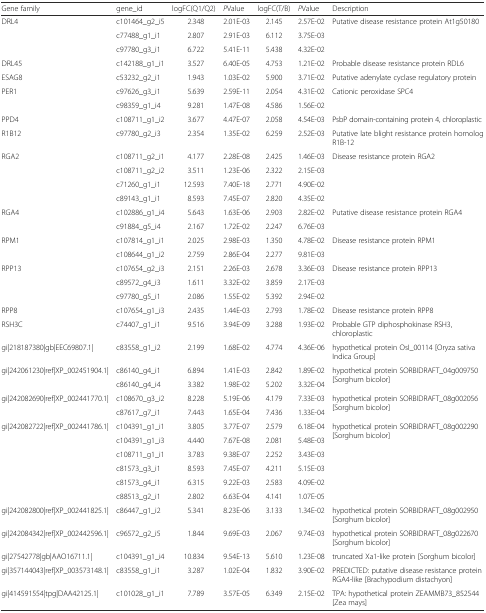
<table><thead><tr><td><b>Gene family</b></td><td><b>gene_id</b></td><td><b>logFC(Q1/Q2)</b></td><td><b><i>P</i>Value</b></td><td><b>logFC(T/B)</b></td><td><b><i>P</i>Value</b></td><td><b>Description</b></td></tr></thead><tbody><tr><td rowspan="3">DRL4</td><td>c101464_g2_i5</td><td>2.348</td><td>2.01E-03</td><td>2.145</td><td>2.57E-02</td><td rowspan="3">Putative disease resistance protein At1g50180</td></tr><tr><td>c77488_g1_i1</td><td>2.807</td><td>2.91E-03</td><td>6.112</td><td>3.75E-03</td></tr><tr><td>c97780_g3_i1</td><td>6.722</td><td>5.41E-11</td><td>5.438</td><td>4.32E-02</td></tr><tr><td>DRL45</td><td>c142188_g1_i1</td><td>3.527</td><td>6.40E-05</td><td>4.753</td><td>1.21E-02</td><td>Probable disease resistance protein RDL6</td></tr><tr><td>ESAG8</td><td>c53232_g2_i1</td><td>1.943</td><td>1.03E-02</td><td>5.900</td><td>3.71E-02</td><td>Putative adenylate cyclase regulatory protein</td></tr><tr><td rowspan="2">PER1</td><td>c97626_g3_i1</td><td>5.639</td><td>2.59E-11</td><td>2.054</td><td>4.31E-02</td><td rowspan="2">Cationic peroxidase SPC4</td></tr><tr><td>c98359_g1_i4</td><td>9.281</td><td>1.47E-08</td><td>4.586</td><td>1.56E-02</td></tr><tr><td>PPD4</td><td>c108711_g1_i2</td><td>3.677</td><td>4.47E-07</td><td>2.058</td><td>4.54E-03</td><td>PsbP domain-containing protein 4, chloroplastic</td></tr><tr><td>R1B12</td><td>c97780_g2_i3</td><td>2.354</td><td>1.35E-02</td><td>6.259</td><td>2.52E-03</td><td>Putative late blight resistance protein homolog R1B-12</td></tr><tr><td rowspan="4">RGA2</td><td>c108711_g2_i1</td><td>4.177</td><td>2.28E-08</td><td>2.425</td><td>1.46E-03</td><td rowspan="4">Disease resistance protein RGA2</td></tr><tr><td>c108711_g2_i2</td><td>3.511</td><td>1.23E-06</td><td>2.322</td><td>2.15E-03</td></tr><tr><td>c71260_g1_i1</td><td>12.593</td><td>7.40E-18</td><td>2.771</td><td>4.90E-02</td></tr><tr><td>c89143_g1_i1</td><td>8.593</td><td>7.45E-07</td><td>2.820</td><td>4.35E-02</td></tr><tr><td rowspan="2">RGA4</td><td>c102886_g1_i4</td><td>5.643</td><td>1.63E-06</td><td>2.903</td><td>2.82E-02</td><td rowspan="2">Putative disease resistance protein RGA4</td></tr><tr><td>c91884_g5_i4</td><td>2.167</td><td>1.72E-02</td><td>2.247</td><td>6.76E-03</td></tr><tr><td rowspan="2">RPM1</td><td>c107814_g1_i1</td><td>2.025</td><td>2.98E-03</td><td>1.350</td><td>4.78E-02</td><td rowspan="2">Disease resistance protein RPM1</td></tr><tr><td>c108644_g1_i2</td><td>2.759</td><td>2.86E-04</td><td>2.277</td><td>9.81E-03</td></tr><tr><td rowspan="3">RPP13</td><td>c107654_g2_i3</td><td>2.151</td><td>2.26E-03</td><td>2.678</td><td>3.36E-03</td><td rowspan="3">Disease resistance protein RPP13</td></tr><tr><td>c89572_g4_i3</td><td>1.611</td><td>3.32E-02</td><td>3.859</td><td>2.17E-03</td></tr><tr><td>c97780_g5_i1</td><td>2.086</td><td>1.55E-02</td><td>5.392</td><td>2.94E-02</td></tr><tr><td>RPP8</td><td>c107654_g1_i3</td><td>2.435</td><td>1.44E-03</td><td>2.793</td><td>1.78E-02</td><td>Disease resistance protein RPP8</td></tr><tr><td>RSH3C</td><td>c74407_g1_i1</td><td>9.516</td><td>3.94E-09</td><td>3.288</td><td>1.93E-02</td><td>Probable GTP diphosphokinase RSH3, chloroplastic</td></tr><tr><td>gi|218187380|gb|EEC69807.1|</td><td>c83558_g1_i2</td><td>2.199</td><td>1.68E-02</td><td>4.774</td><td>4.36E-06</td><td>hypothetical protein OsI_00114 [Oryza sativa Indica Group]</td></tr><tr><td rowspan="2">gi|242061230|ref|XP_002451904.1|</td><td>c86140_g4_i1</td><td>6.894</td><td>1.41E-03</td><td>2.842</td><td>1.89E-02</td><td rowspan="2">hypothetical protein SORBIDRAFT_04g009750 [Sorghum bicolor]</td></tr><tr><td>c86140_g4_i4</td><td>3.382</td><td>1.98E-02</td><td>5.202</td><td>3.32E-04</td></tr><tr><td rowspan="2">gi|242082690|ref|XP_002441770.1|</td><td>c108670_g3_i2</td><td>8.228</td><td>5.19E-06</td><td>4.179</td><td>7.33E-03</td><td rowspan="2">hypothetical protein SORBIDRAFT_08g002056 [Sorghum bicolor]</td></tr><tr><td>c87617_g7_i1</td><td>7.443</td><td>1.65E-04</td><td>7.436</td><td>1.33E-04</td></tr><tr><td rowspan="6">gi|242082722|ref|XP_002441786.1|</td><td>c104391_g1_i1</td><td>3.805</td><td>3.77E-07</td><td>2.579</td><td>6.18E-04</td><td rowspan="6">hypothetical protein SORBIDRAFT_08g002290 [Sorghum bicolor]</td></tr><tr><td>c104391_g1_i3</td><td>4.440</td><td>7.67E-08</td><td>2.081</td><td>5.48E-03</td></tr><tr><td>c108711_g1_i1</td><td>3.783</td><td>9.38E-07</td><td>2.252</td><td>3.43E-03</td></tr><tr><td>c81573_g3_i1</td><td>8.593</td><td>7.45E-07</td><td>4.211</td><td>5.15E-03</td></tr><tr><td>c81573_g4_i1</td><td>6.315</td><td>9.22E-03</td><td>2.583</td><td>4.09E-02</td></tr><tr><td>c88513_g2_i1</td><td>2.802</td><td>6.63E-04</td><td>4.141</td><td>1.07E-05</td></tr><tr><td>gi|242082800|ref|XP_002441825.1|</td><td>c86447_g1_i2</td><td>5.341</td><td>8.23E-06</td><td>3.133</td><td>1.34E-02</td><td>hypothetical protein SORBIDRAFT_08g002950 [Sorghum bicolor]</td></tr><tr><td>gi|242084342|ref|XP_002442596.1|</td><td>c96572_g2_i5</td><td>1.844</td><td>9.69E-03</td><td>2.067</td><td>9.74E-03</td><td>hypothetical protein SORBIDRAFT_08g022670 [Sorghum bicolor]</td></tr><tr><td>gi|27542778|gb|AAO16711.1|</td><td>c104391_g1_i4</td><td>10.834</td><td>9.54E-13</td><td>5.610</td><td>1.23E-08</td><td>truncated Xa1-like protein [Sorghum bicolor]</td></tr><tr><td>gi|357144043|ref|XP_003573148.1|</td><td>c83558_g1_i1</td><td>3.287</td><td>1.02E-04</td><td>1.832</td><td>3.90E-02</td><td>PREDICTED: putative disease resistance protein RGA4-like [Brachypodium distachyon]</td></tr><tr><td>gi|414591554|tpg|DAA42125.1|</td><td>c101028_g1_i1</td><td>7.789</td><td>3.57E-05</td><td>6.349</td><td>2.15E-02</td><td>TPA: hypothetical protein ZEAMMB73_852544 [Zea mays]</td></tr></tbody></table>